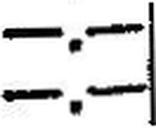
—.—